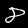
Digit: 8